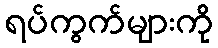
ရပ်ကွက်များကို